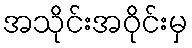
အသိုင်းအဝိုင်းမှ